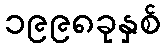
၁၉၉၈ခုနှစ်